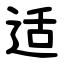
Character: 适